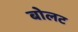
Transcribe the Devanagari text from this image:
बोलट